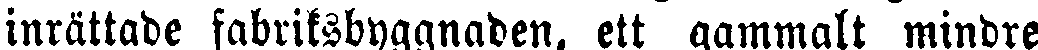
inrättade fabriksbyggnaden, ett gammalt mindre